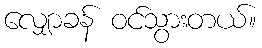
လျှောခန် ဝင်သွားတယ်။